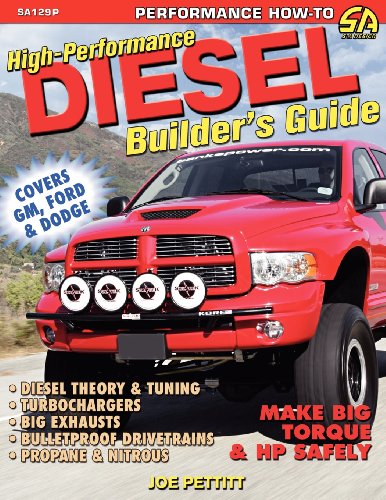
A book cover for High-Performance Diesel Builder's Guide; Joe Pettitt; Engineering & Transportation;